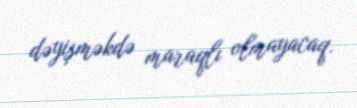
dəyişməkdə maraqlı olmayacaq.